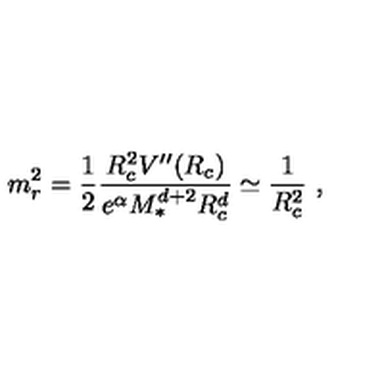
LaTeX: m _ { r } ^ { 2 } = \frac { 1 } { 2 } \frac { R _ { c } ^ { 2 } V ^ { \prime \prime } ( R _ { c } ) } { e ^ { \alpha } M _ { * } ^ { d + 2 } R _ { c } ^ { d } } \simeq \frac { 1 } { R _ { c } ^ { 2 } } \ ,